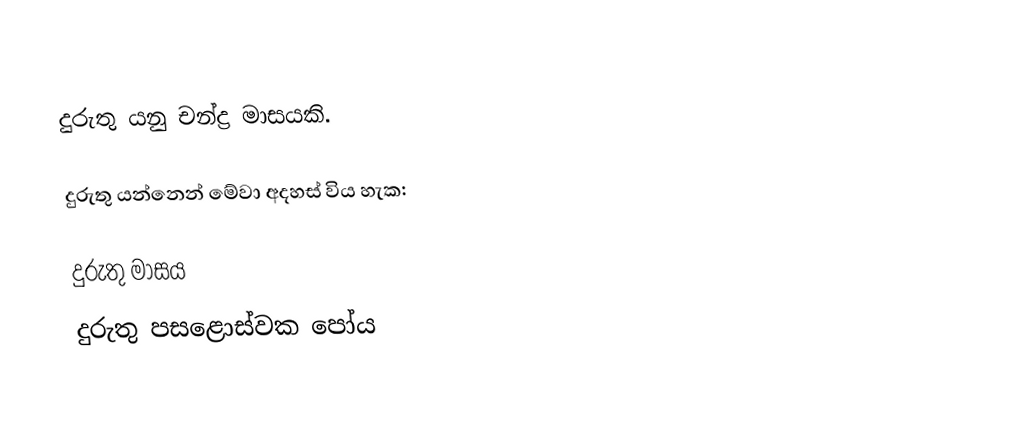
දුරුතු යනු චන්ද්‍ර මාසයකි.

දුරුතු යන්නෙන් මේවා අදහස් විය හැක:

 දුරුතු මාසය
 දුරුතු පසළොස්වක පෝය